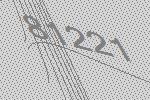
81221